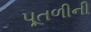
પૂતળીની